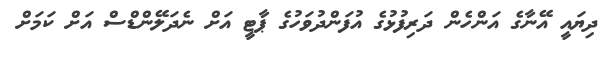
ދިޔައީ އޭނާގެ އަންހެން ދަރިފުޅުގެ އުފަންދުވަހުގެ ޕާޓީ އަށް ނެދަލޭންޑްސް އަށް ކަމަށް